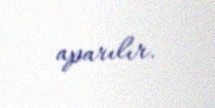
aparılır.